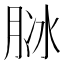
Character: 𦚝